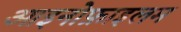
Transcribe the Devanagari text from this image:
आइनोफ़ाइलम